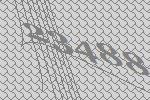
23488